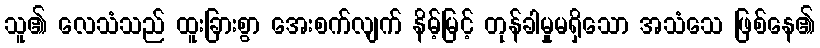
သူ၏ လေသံသည် ထူးခြားစွာ အေးစက်လျက် နိမ့်မြင့် တုန်ခါမှုမရှိသော အသံသေ ဖြစ်နေ၏